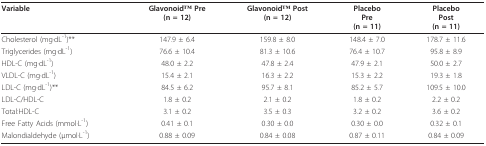
| Variable | GlavonoidTM Pre(n = 12) | GlavonoidTM Post(n = 12) | PlaceboPre(n = 11) | PlaceboPost(n = 11) |
 | --- | --- | --- | --- | --- |
 | Cholesterol (mg·dL-1)** | 147.9 ± 6.4 | 159.8 ± 8.0 | 148.4 ± 7.0 | 178.7 ± 11.6 |
 | Triglycerides (mg·dL-1) | 76.6 ± 10.4 | 81.3 ± 10.6 | 76.4 ± 10.7 | 95.8 ± 8.9 |
 | HDL-C (mg·dL-1) | 48.0 ± 2.2 | 47.8 ± 2.4 | 47.9 ± 2.1 | 50.0 ± 2.7 |
 | VLDL-C (mg·dL-1) | 15.4 ± 2.1 | 16.3 ± 2.2 | 15.3 ± 2.2 | 19.3 ± 1.8 |
 | LDL-C (mg·dL-1)** | 84.5 ± 6.2 | 95.7 ± 8.1 | 85.2 ± 5.7 | 109.5 ± 10.0 |
 | LDL-C/HDL-C | 1.8 ± 0.2 | 2.1 ± 0.2 | 1.8 ± 0.2 | 2.2 ± 0.2 |
 | Total:HDL-C | 3.1 ± 0.2 | 3.5 ± 0.3 | 3.2 ± 0.2 | 3.6 ± 0.2 |
 | Free Fatty Acids (mmol·L-1) | 0.41 ± 0.1 | 0.30 ± 0.0 | 0.30 ± 0.0 | 0.32 ± 0.1 |
 | Malondialdehyde (μmol·L-1) | 0.88 ± 0.09 | 0.84 ± 0.08 | 0.87 ± 0.11 | 0.84 ± 0.09 |